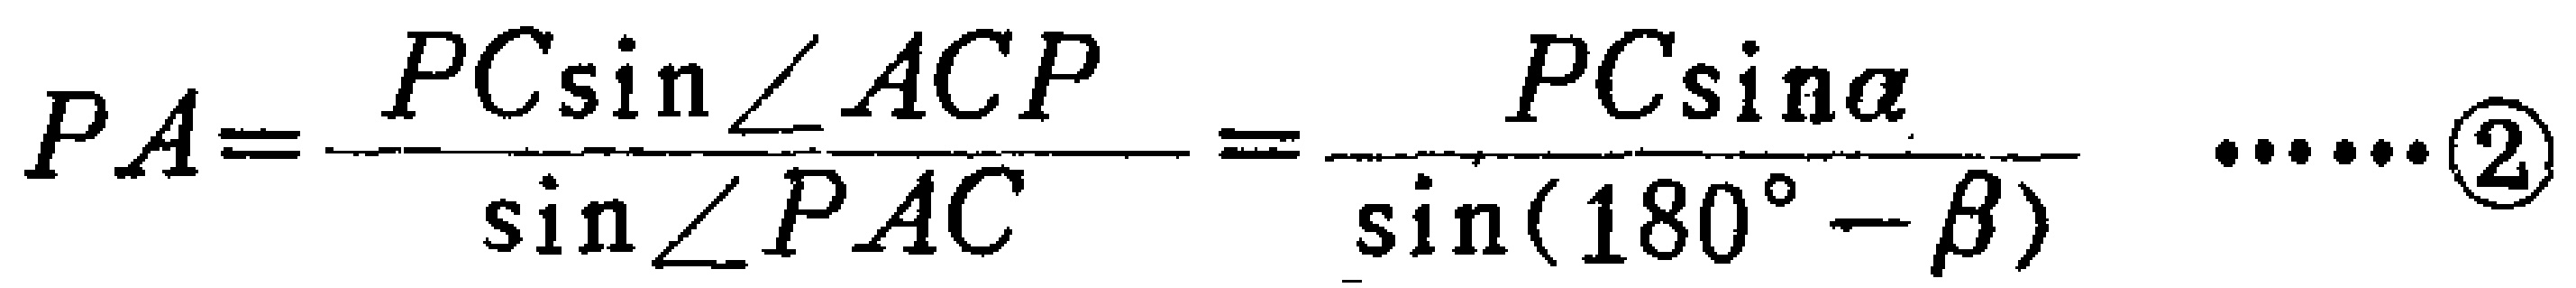
\[PA=\frac{PC\sin\angle ACP}{\sin\angle PAC}=\frac{PC\sin\alpha}{\sin(180^{\circ}-\beta)}\cdots\cdots\textcircled{2}\]